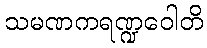
သမဏကရဏ္ဍဝေါတိ